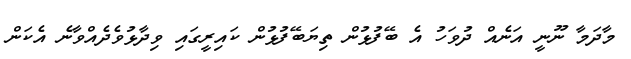
މާދަމާ ނޫނީ އަނެއް ދުވަހު އެ ބޭފުޅުން ތިޔަބޭފުޅުން ކައިރީގައި ވިދާޅުވެދެއްވާނެ އެކަން